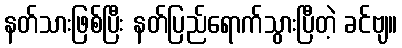
နတ်သားဖြစ်ပြီး နတ်ပြည်ရောက်သွားပြီတဲ့ ခင်ဗျ။